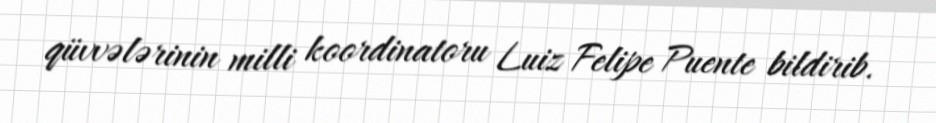
qüvvələrinin milli koordinatoru Luiz Felipe Puente bildirib.